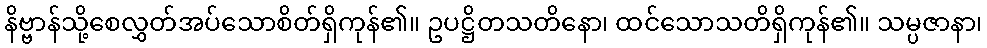
နိဗ္ဗာန်သို့စေလွှတ်အပ်သောစိတ်ရှိကုန်၏။ ဥပဋ္ဌိတသတိနော၊ ထင်သောသတိရှိကုန်၏။ သမ္ပဇာနာ၊